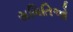
સમિતિઓ